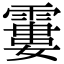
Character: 𩄽